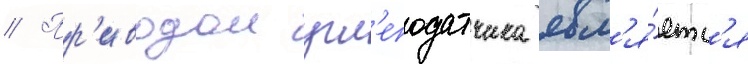
// Пр'иводом угл'еподатчика явл'я́етс'я